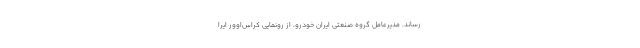
رساند. مدیرعامل گروه صنعتی ایران خودرو، از رونمایی کراس‌اوور ایرا